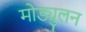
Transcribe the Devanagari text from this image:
मोड्युलन